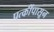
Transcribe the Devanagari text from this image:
पत्कींपासून